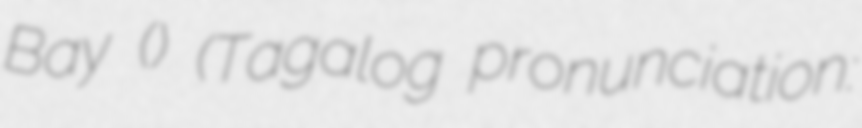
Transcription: Bay () (Tagalog pronunciation: